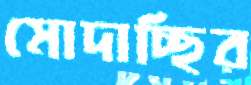
মোদাচ্ছির